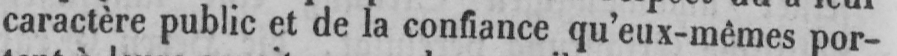
caractère public et de la confiance qu’eux-mêmes por-